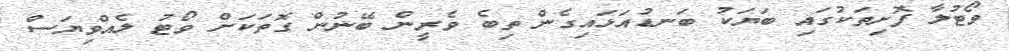
ވޯޓުލާ ފޮށިތަކުގައި ބަޔަކު ބަނޑުއަޅައިގެން ތިބެ ވެރީން ބޭނުން ގޮތަކަށް ވޯޓު ލެއްވިޔަސް